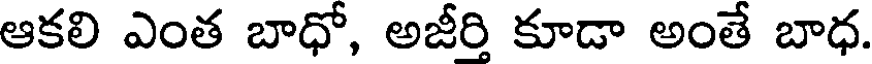
ఆకలి ఎంత బాధో, అజీరి కూడా అంతే బాధ.